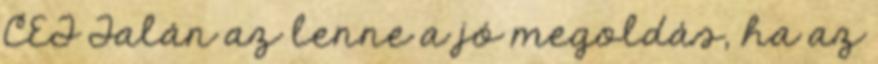
CET Talán az lenne a jó megoldás, ha az